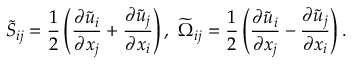
{ \widetilde { S } } _ { i j } = \frac { 1 } { 2 } \left( { \frac { \partial { \widetilde { u } } _ { i } } { \partial x _ { j } } + \frac { \partial { \widetilde { u } } _ { j } } { \partial x _ { i } } } \right) , ~ { \widetilde { \Omega } } _ { i j } = \frac { 1 } { 2 } \left( { \frac { \partial { \widetilde { u } } _ { i } } { \partial x _ { j } } - \frac { \partial { \widetilde { u } } _ { j } } { \partial x _ { i } } } \right) .